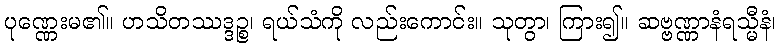
ပုဏ္ဏေးမ၏။ ဟသိတဿဒ္ဒဉ္စ၊ ရယ်သံကို လည်းကောင်း။ သုတွာ၊ ကြား၍။ ဆဗ္ဗဏ္ဏာနံရသ္မီနံ၊